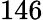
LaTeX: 146